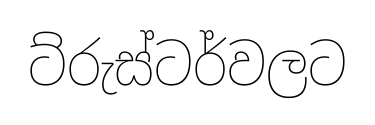
ට්රුස්ටර්වලට